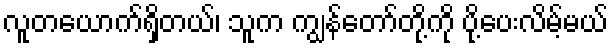
လူတယောက်ရှိတယ်၊ သူက ကျွန်တော်တို့ကို ပို့ပေးလိမ့်မယ်